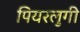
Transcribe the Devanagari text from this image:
पियरलुगी